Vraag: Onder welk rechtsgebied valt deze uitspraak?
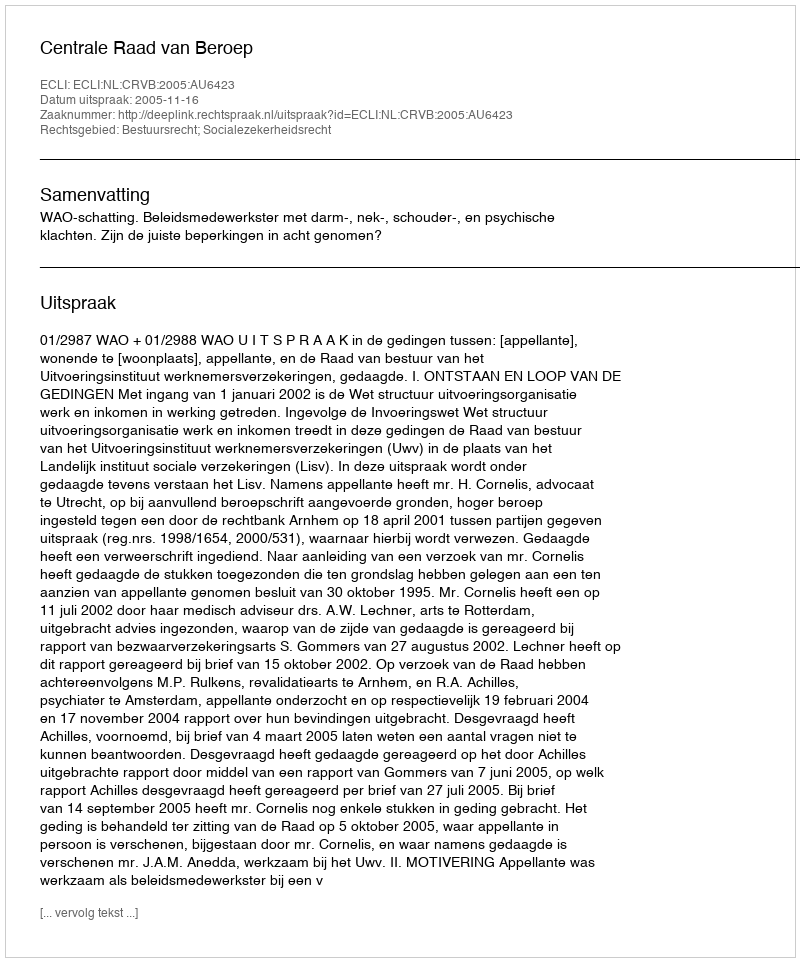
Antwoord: Bestuursrecht; Socialezekerheidsrecht